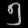
Digit: ၅